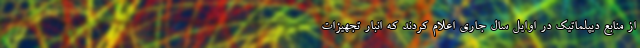
از منابع دیپلماتیک در اوایل سال جاری اعلام کردند که انبار تجهیزات